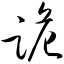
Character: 跪